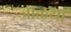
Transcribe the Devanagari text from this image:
जाळया